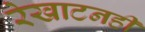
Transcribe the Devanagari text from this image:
रेखाटनही